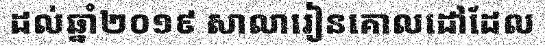
ដល់ឆ្នាំ២០១៩ សាលារៀនគោលដៅដែល